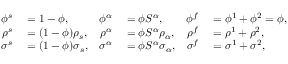
\begin{array} { r l r l r l } { \phi ^ { s } } & { { } = 1 - \phi , } & { \phi ^ { \alpha } } & { { } = \phi S ^ { \alpha } , } & { \phi ^ { f } } & { { } = \phi ^ { 1 } + \phi ^ { 2 } = \phi , } \\ { \rho ^ { s } } & { { } = ( 1 - \phi ) \rho _ { s } , } & { \rho ^ { \alpha } } & { { } = \phi S ^ { \alpha } \rho _ { \alpha } , } & { \rho ^ { f } } & { { } = \rho ^ { 1 } + \rho ^ { 2 } , } \\ { \boldsymbol { \sigma } ^ { s } } & { { } = ( 1 - \phi ) \boldsymbol { \sigma } _ { s } , } & { \boldsymbol { \sigma } ^ { \alpha } } & { { } = \phi S ^ { \alpha } \boldsymbol { \sigma } _ { \alpha } , } & { \boldsymbol { \sigma } ^ { f } } & { { } = \boldsymbol { \sigma } ^ { 1 } + \boldsymbol { \sigma } ^ { 2 } , } \end{array}